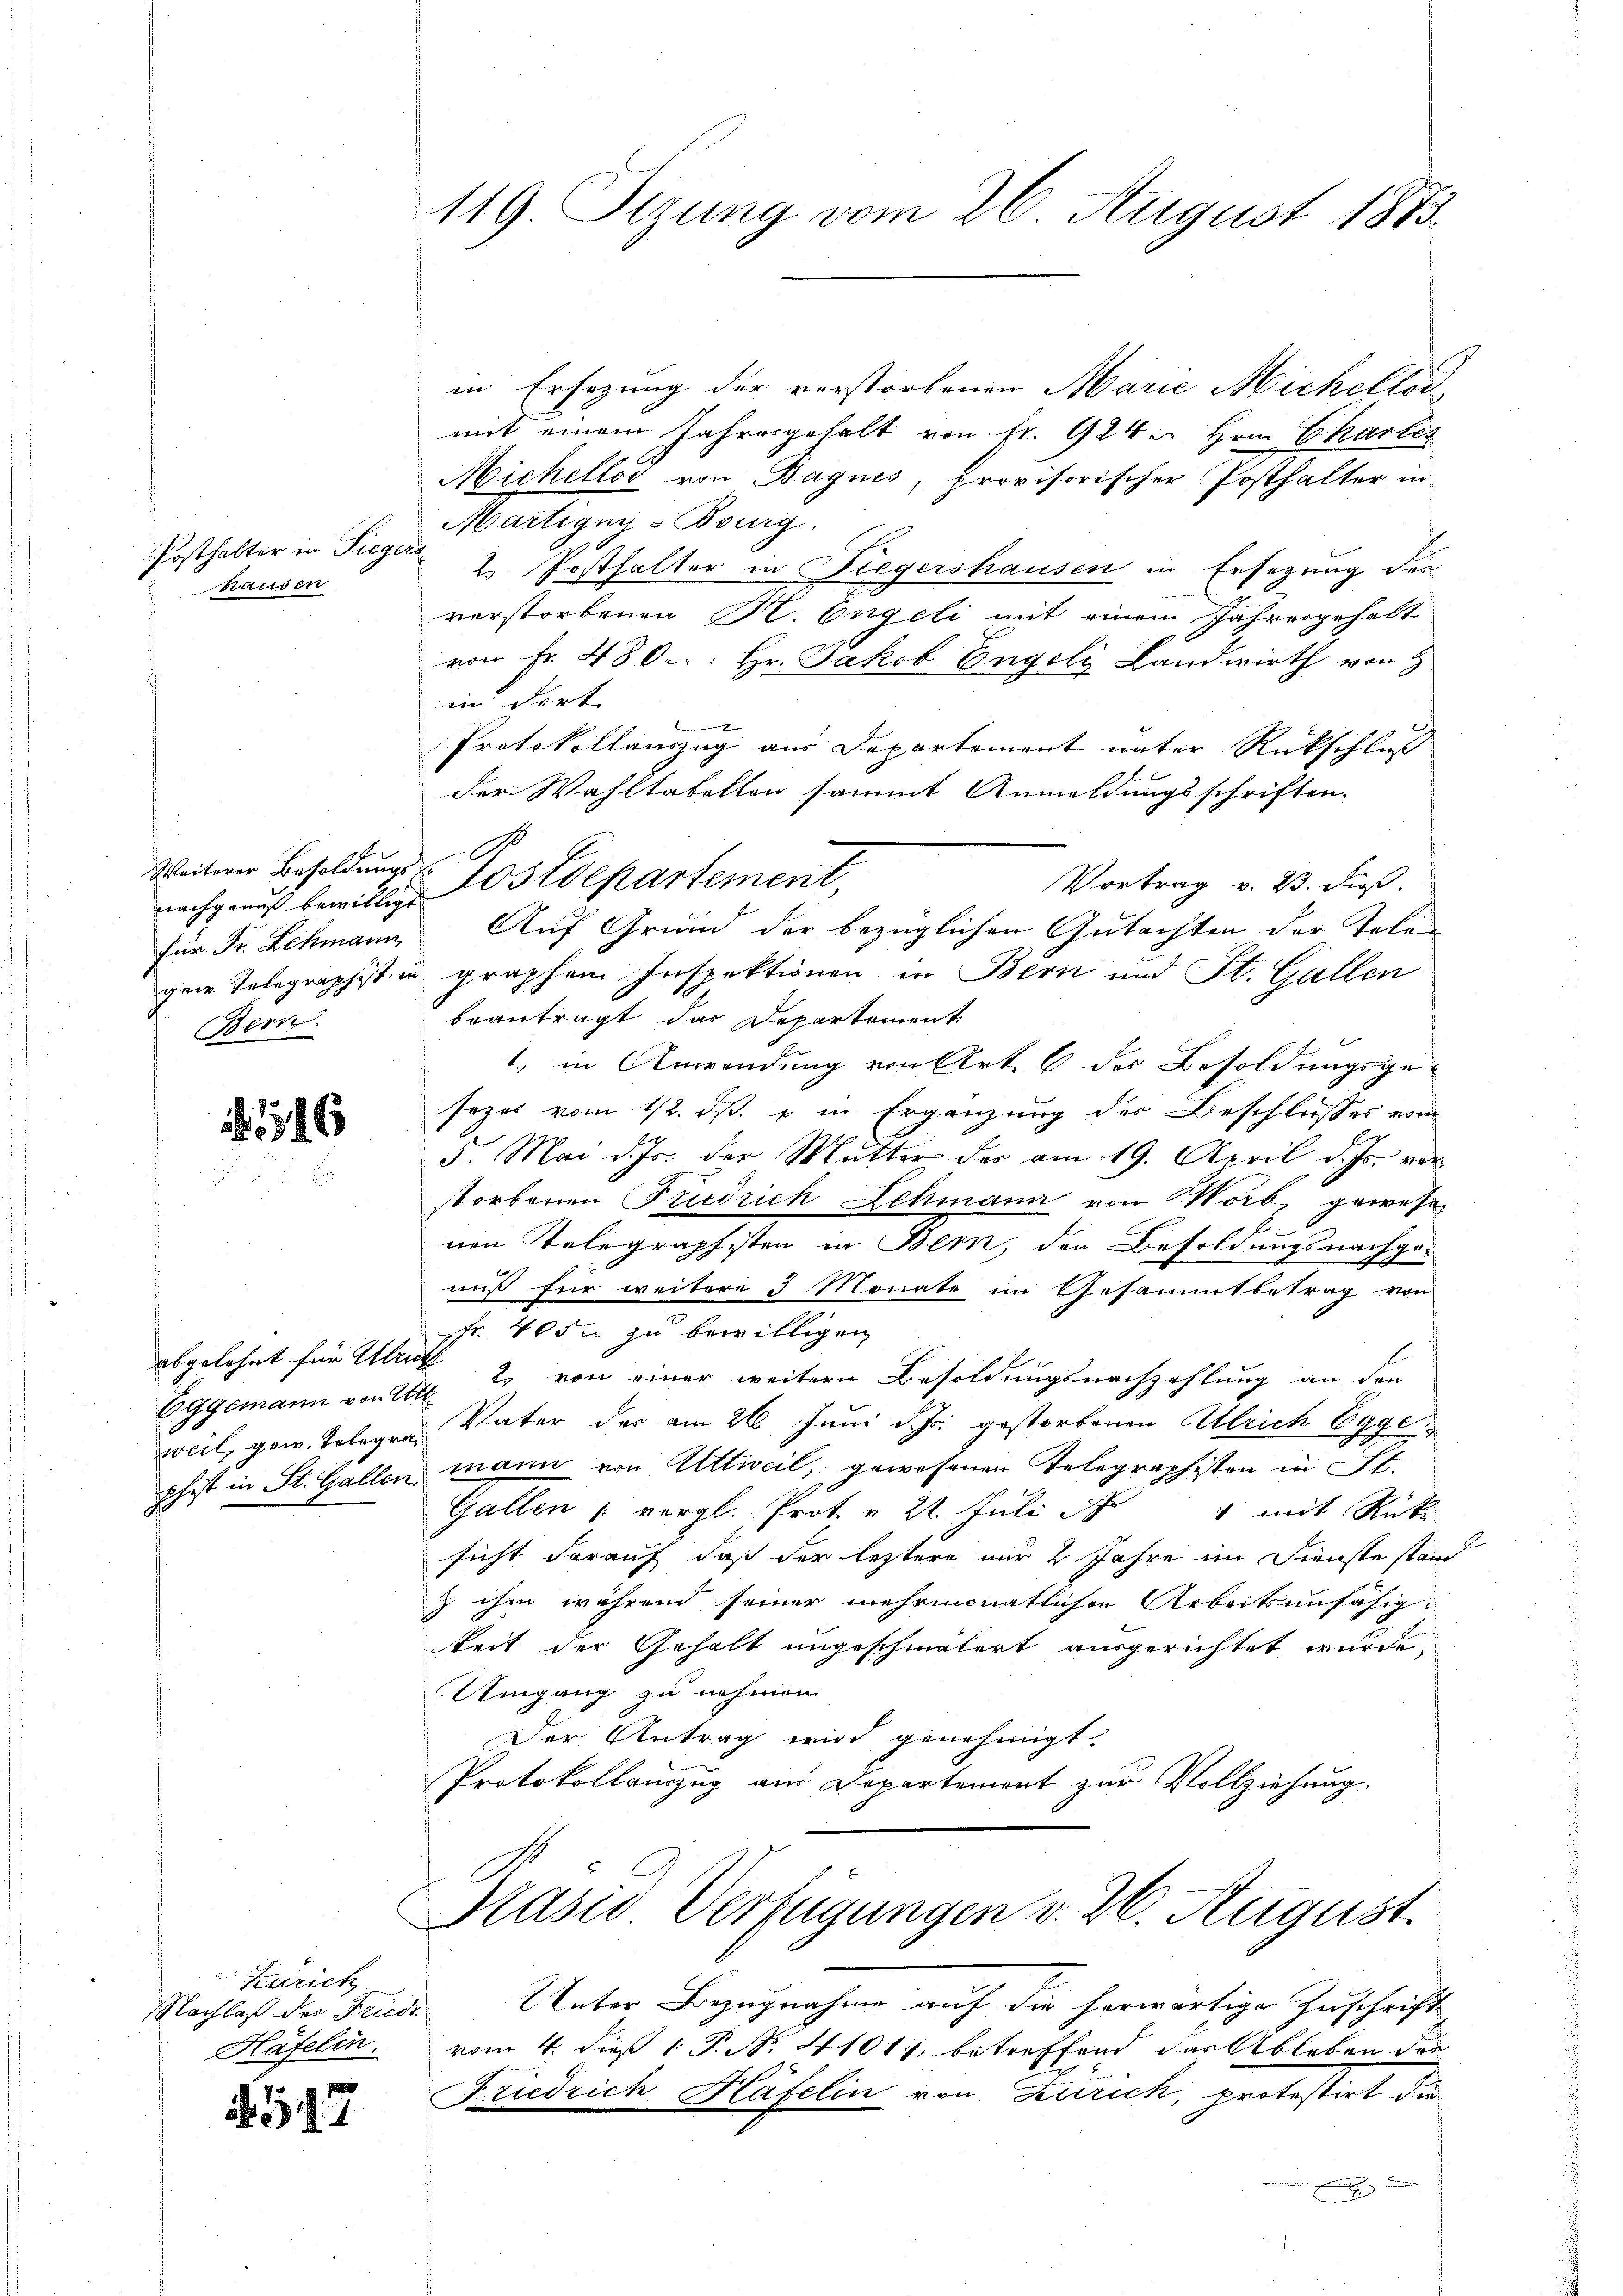
Posthalter in Siegers
hausen

nachgenuß bewilligt
für Fr. Lehmann
gew. Telegraphist in
Bern.

546

OGgemann von Ett
phist in St. Gallen.

Zürich
Nachlaß der Friede
Häfelin.

517

119 Sizung vom 26. August 1883.

in Ersezung der verstorbenen Marie Michellod
mit einem Jahresgehalt von Fr. 924 u Hrn. Chartes
Michellos von Baguis, provisorischer Posthalter in
Martigny-Burg.
2. Posthalter in Siegershausen in Ersezung des
verstorbenen M. Engeli mit einem Jahresgehalt
von Fr. 480: Hr. Jakob Engely Landwirth von Z
in dort
1
Protokollauszug aus Departement unter Rückschluß
der Wahltabelton sammt Anmeldungsschriften.
Vortrag v. 23. dieß.
Auf Grund der bezüglichen Gutachten der Telen
graphen Inspektionen in Bern und St. Gallen
beantragt das Departement
1., in Anwendung von Art. 6 des Besoldungsge-
sezes vom 12. ds. u in Ergänzung der Beschlusses vom
5. Mai d. Js. der Mutter der am 19. April d. Js. vor
storbenen Friedrich Lehmann von Worb gewesen
l.
nen Telegraphisten in Bern, den Besoldungsnachger
niß für weitere 3 Monate im Gesammtbetrag von
Fr. 40 in zu bewilligen
abgelohnt für Ulrich 2 von einer weitere Besoldungsnachzahlung an den
weil, gew. Telegen Vater der am 26. Juni d. Js. gestorbenen Ulrich Egge
mann von Wittweil, gewesenen Telegraphisten in St.
Gallen vergl. Prot u. 21. Juli No 4 mit Rück-
sicht darauf, daß der letztere nur 2 Jahre im Dienste stand
 ihm während seiner mehrmonatlichen Arbeitsunfähigkeit der Gehalt angeschmälert ausgerichtet wurde.
Umgang zu nehmen.
Der Antrag wird genehmigt.
Protokollauszug am Departement zur Vollziehung.

s

Weiterer Besoldungs Postdepartement,

Kasio Verfügungen v. 26. August.

Unter Bezugnahme auf die herwärtige Zuschrift
vom 4. dieß 1 P. N. 41017, betreffend das Ableben der
Friedrich Häfelin von Zürich, protestirt die
 u |

A.